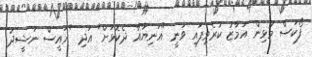
ފޯކަސް މުޅިން އަމާޒު ކުރެވިފައި ވަނީ "އަނިޔާއާ ދެކޮޅަށް" އަދި "ރައީސް ނަޝީދު